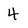
Character: 4